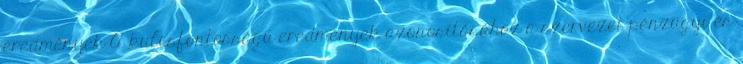
eredmények A kulcsfontosságú eredmények azonosításához a szervezet pénzügyi és